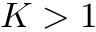
K > 1